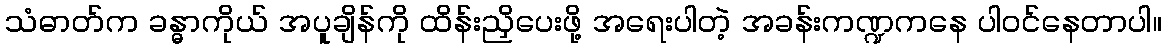
သံဓာတ်က ခန္ဓာကိုယ် အပူချိန်ကို ထိန်းညှိပေးဖို့ အရေးပါတဲ့ အခန်းကဏ္ဍကနေ ပါဝင်နေတာပါ။